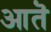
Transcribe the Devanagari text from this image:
आतॆ